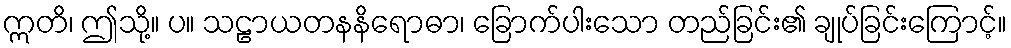
ဣတိ၊ ဤသို့။ ပ။ သဠာယတနနိရောဓာ၊ ခြောက်ပါးသော တည်ခြင်း၏ ချုပ်ခြင်းကြောင့်။